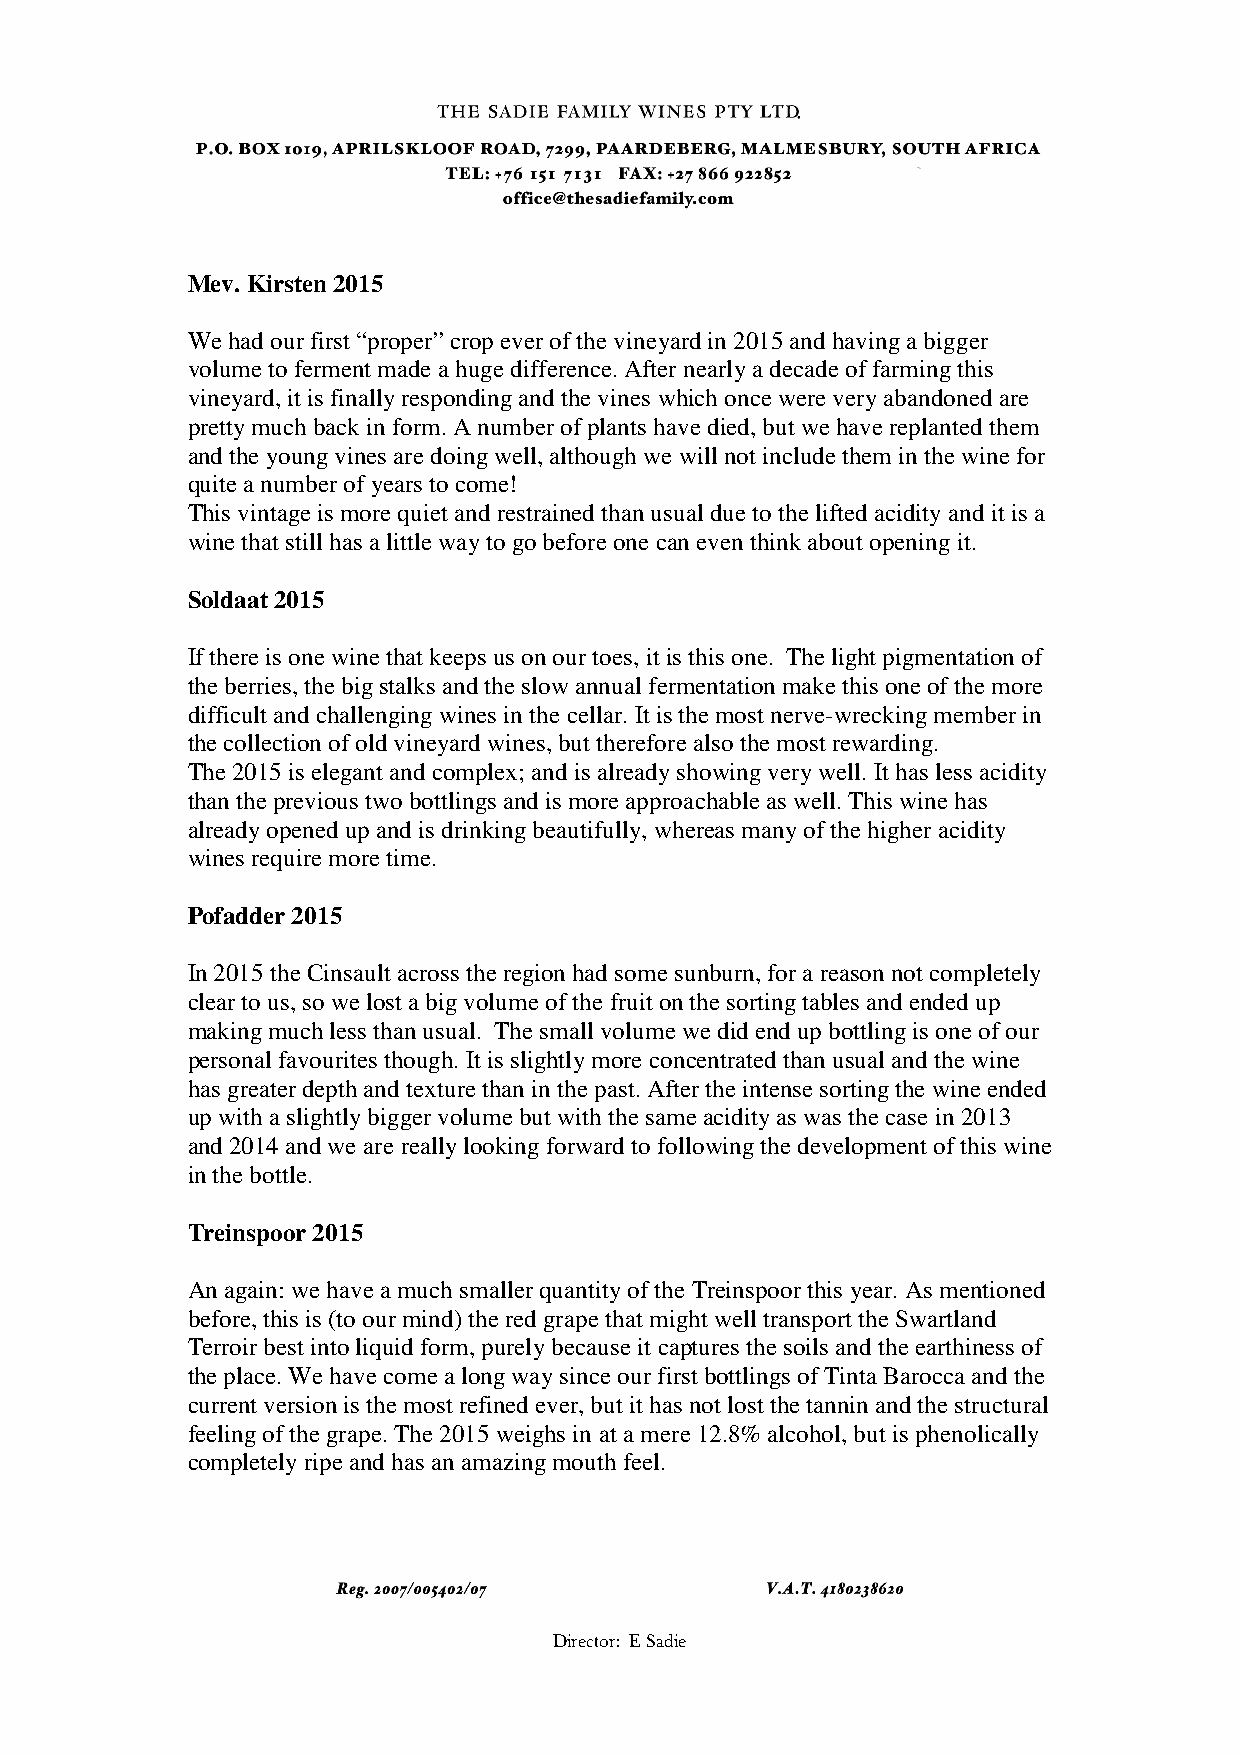
Mev. Kirsten 2015
 We had our first “proper” crop ever of the vineyard in 2015 and having a bigger
 volume to ferment made a huge difference. After nearly a decade of farming this
 vineyard, it is finally responding and the vines which once were very abandoned are
 pretty much back in form. A number of plants have died, but we have replanted them
 and the young vines are doing well, although we will not include them in the wine for
 quite a number of years to come!
 This vintage is more quiet and restrained than usual due to the lifted acidity and it is a
 wine that still has a little way to go before one can even think about opening it.
 Soldaat 2015
 If there is one wine that keeps us on our toes, it is this one. The light pigmentation of
 the berries, the big stalks and the slow annual fermentation make this one of the more
 difficult and challenging wines in the cellar. It is the most nerve-wrecking member in
 the collection of old vineyard wines, but therefore also the most rewarding.
 The 2015 is elegant and complex; and is already showing very well. It has less acidity
 than the previous two bottlings and is more approachable as well. This wine has
 already opened up and is drinking beautifully, whereas many of the higher acidity
 wines require more time.
 Pofadder 2015
 In 2015 the Cinsault across the region had some sunburn, for a reason not completely
 clear to us, so we lost a big volume of the fruit on the sorting tables and ended up
 making much less than usual. The small volume we did end up bottling is one of our
 personal favourites though. It is slightly more concentrated than usual and the wine
 has greater depth and texture than in the past. After the intense sorting the wine ended
 up with a slightly bigger volume but with the same acidity as was the case in 2013
 and 2014 and we are really looking forward to following the development of this wine
 in the bottle.
 Treinspoor 2015
 An again: we have a much smaller quantity of the Treinspoor this year. As mentioned
 before, this is (to our mind) the red grape that might well transport the Swartland
 Terroir best into liquid form, purely because it captures the soils and the earthiness of
 the place. We have come a long way since our first bottlings of Tinta Barocca and the
 current version is the most refined ever, but it has not lost the tannin and the structural
 feeling of the grape. The 2015 weighs in at a mere 12.8% alcohol, but is phenolically
 completely ripe and has an amazing mouth feel.
 Director: E Sadie